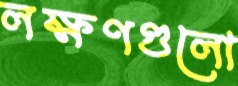
লক্ষণগুলো